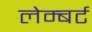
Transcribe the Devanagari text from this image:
लेम्‍बर्ट